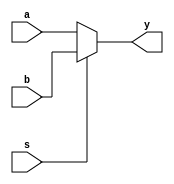
// Written by Dr. Vikram as a part of Digital Systems lab 

module MUX_2in_Nbit #(parameter N = 8) (a,b,s,y);

input [N-1:0]a;
input [N-1:0]b;

input wire s;

output [N-1:0]y;   // Y = (s_bar AND a ) OR (s AND b ) = Y_r OR Y_l



assign y = s?b:a;  



endmodule